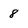
Character: 8